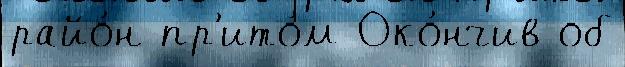
райо́н пр'ито́м Око́нчив об